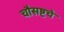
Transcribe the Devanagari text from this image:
चौसष्टचे